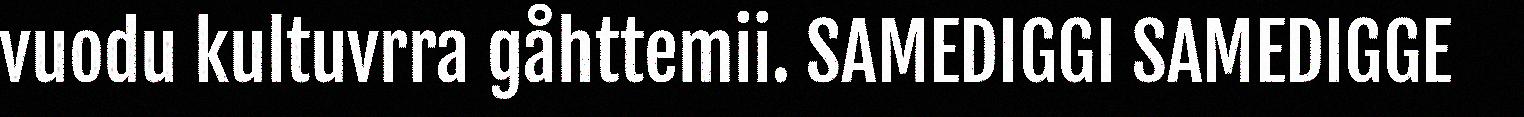
vuodu kultuvrra gåhttemii. SAMEDIGGI SAMEDIGGE